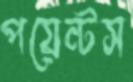
পয়েন্টস